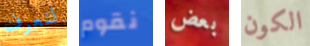
لنعرف نقوم بعض الكون